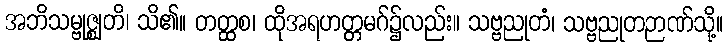
အဘိသမ္ဗုဇ္ဈတိ၊ သိ၏။ တတ္ထစ၊ ထိုအရဟတ္တမဂ်၌လည်း။ သဗ္ဗညုတံ၊ သဗ္ဗညုတဉာဏ်သို့။